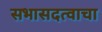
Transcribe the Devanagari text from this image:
सभासदत्वाचा